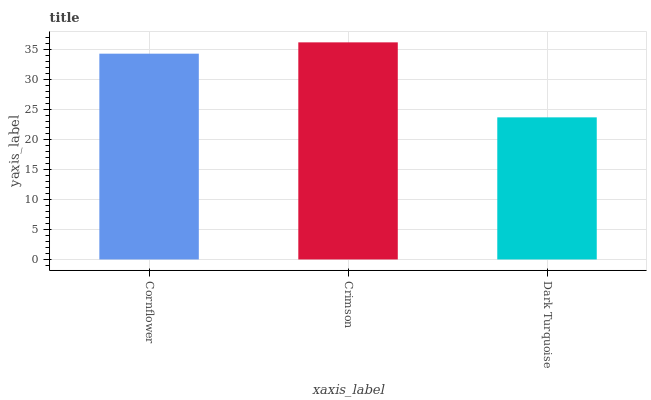
| xaxis_label | bars |
 | --- | --- |
 | Cornflower | 34.3 |
 | Crimson | 36.1 |
 | Dark Turquoise | 23.7 |